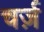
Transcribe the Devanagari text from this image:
चर्ज़